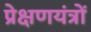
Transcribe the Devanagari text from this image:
प्रेक्षणयंत्रों